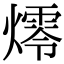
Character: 燯